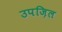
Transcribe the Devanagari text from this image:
उपज़िल